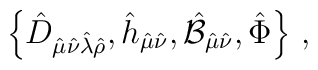
\left\{\hat{D}_{\hat{\mu}\hat{\nu}\hat{\lambda}\hat{\rho}},\hat{h}_{\hat{\mu}\hat{\nu}},\hat{{\cal B}}_{\hat{\mu}\hat{\nu}},\hat{\Phi}\right\}\, ,